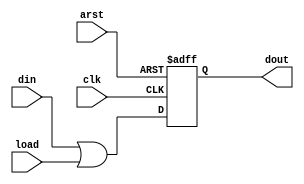
/*--  *******************************************************
--  Computer Architecture Course, Laboratory Sources 
--  Amirkabir University of Technology (Tehran Polytechnic)
--  Department of Computer Engineering (CE-AUT)
--  https://ce[dot]aut[dot]ac[dot]ir
--  *******************************************************
--  All Rights reserved (C) 2019-2020
--  *******************************************************
--  Student ID  : 
--  Student Name: 
--  Student Mail: 
--  *******************************************************
--  Additional Comments:
--
--*/

/*-----------------------------------------------------------
---  Module Name: Light Dance
---  Description: Module5:
-----------------------------------------------------------*/
`timescale 1 ns/1 ns

module DFlop (
	input  arst  , // async reset
	input  clk   , // clock posedge
	input  din   , // data  in
	input  load  , // data  load 
	output dout    // data  out
);
	reg out;
	always @ (posedge clk or posedge arst) begin
		if(arst) out = 1'b0;
		else out = din | load;			
	end
	assign dout = out;
	
endmodule